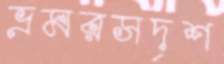
ভ্রমরসদৃশ